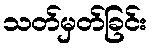
သတ်မှတ်ခြင်း